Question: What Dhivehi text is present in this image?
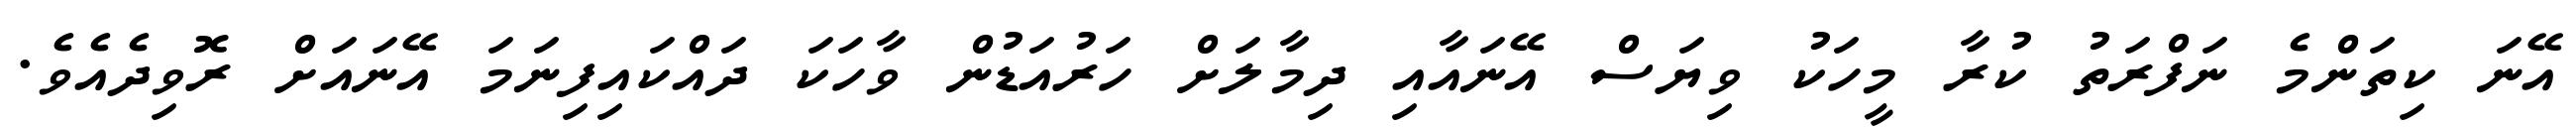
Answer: އޭނަ ކިތަންމެ ނަފްރަތު ކުރާ މީހަކު ވިޔަސް އޭނައާއި ދިމާލަށް ހަރުއަޑުން ވާހަކަ ދައްކައިފިނަމަ އޭނައަށް ރޮވިދެއެވެ.